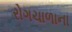
રોગચાળાના